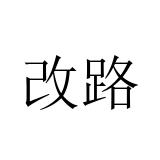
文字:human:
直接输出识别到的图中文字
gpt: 改路